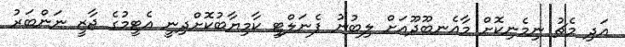
އަދި މެޗު ނިމެނިކޮށް މާއެނބޫދޫއަށް ލިބުނު ޕެނަލްޓީ ކާމިޔާބުކޮށްދިނީ އެޓީމުގެ ޖާޒީ ނަންބަރު